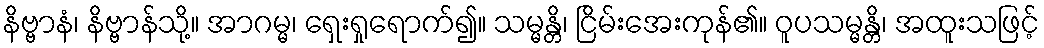
နိဗ္ဗာနံ၊ နိဗ္ဗာန်သို့။ အာဂမ္မ၊ ရှေးရှုရောက်၍။ သမ္မန္တိ၊ ငြိမ်းအေးကုန်၏။ ဝူပသမ္မန္တိ၊ အထူးသဖြင့်